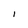
Character: l